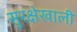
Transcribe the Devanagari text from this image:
सुरक्षेखाली